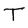
Character: T